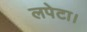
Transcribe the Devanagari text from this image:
लपेटा।